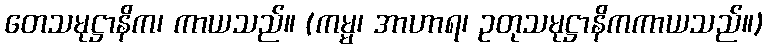
တေသမုဋ္ဌာနိက၊ ကာယသည်။ (ကမ္မ၊ အာဟာရ၊ ဥတုသမုဋ္ဌာနိကကာယသည်။)